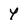
Character: y